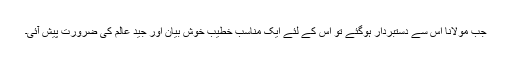
جب مولانا اس سے دستبردار ہوگئے تو اس کے لئے ایک مناسب خطیب خوش بیان اور جید عالم کی ضرورت پیش آئی۔